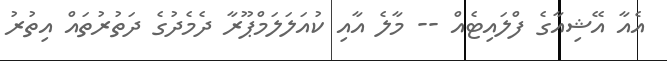
އެއާ އޭޝިއާގެ ފްލައިޓެއް -- މާލެ އާއި ކުއަލަލަމްޕޫރާ ދެމެދުގެ ދަތުރުތައް އިތުރު